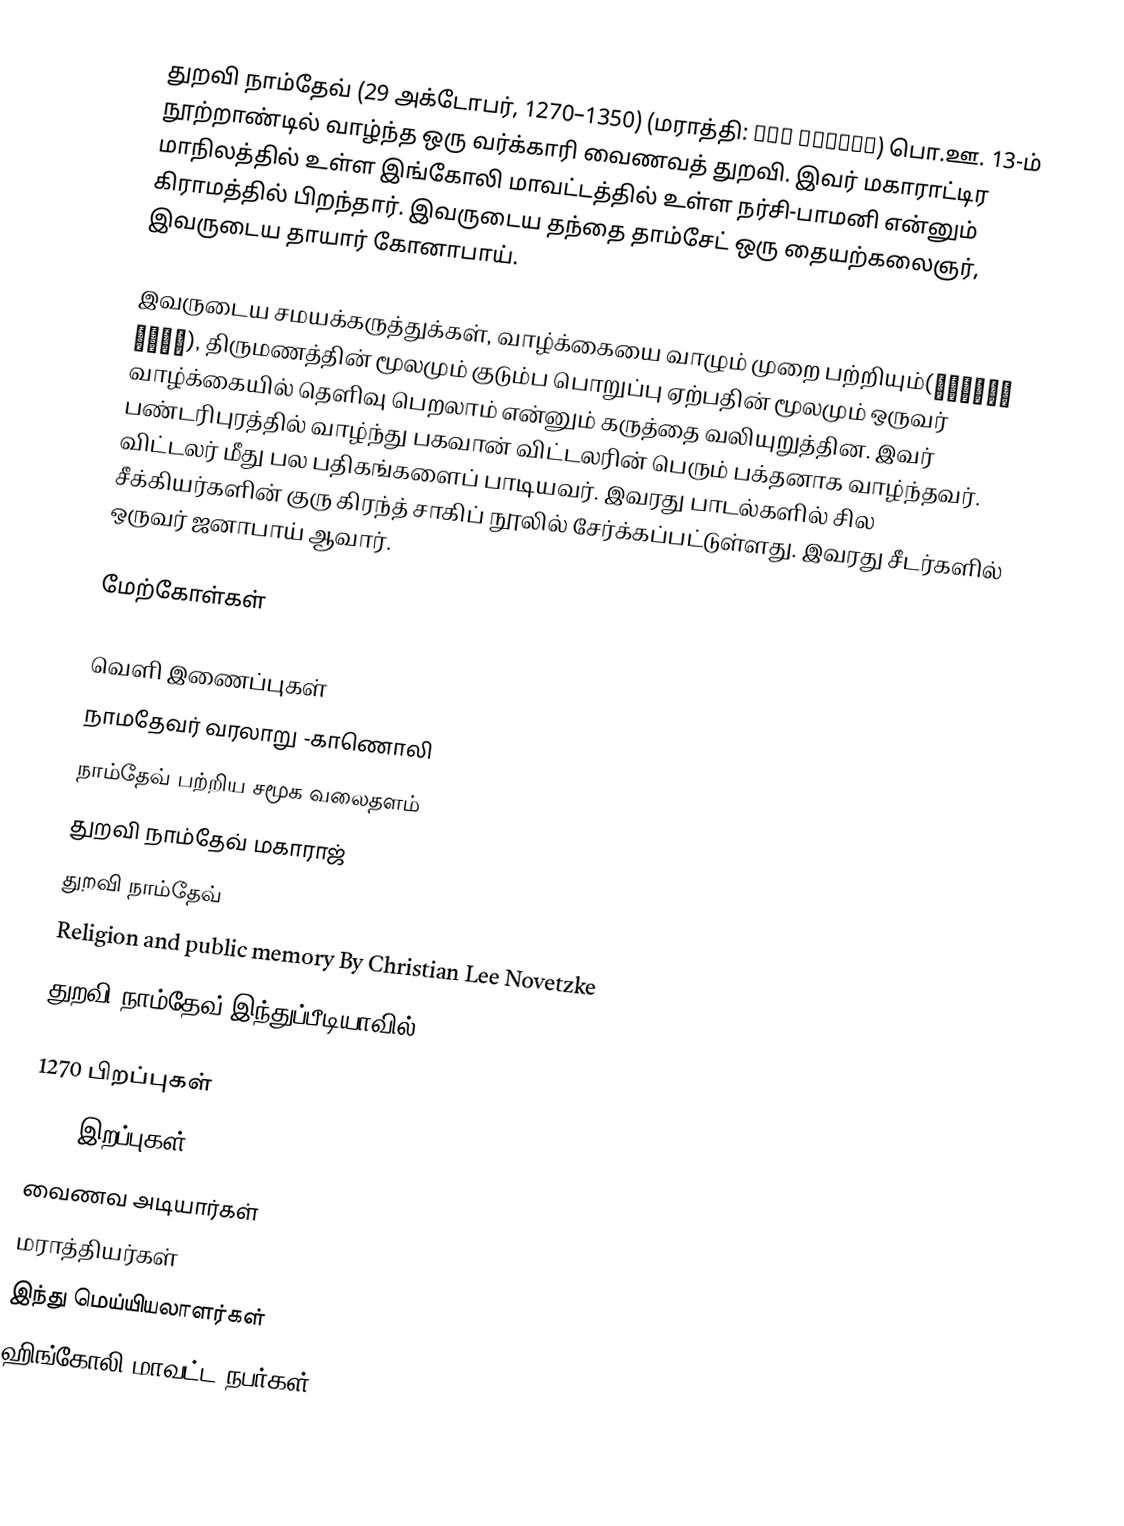
துறவி நாம்தேவ் (29 அக்டோபர், 1270–1350) (மராத்தி: संत नामदेव) பொ.ஊ. 13-ம் நூற்றாண்டில் வாழ்ந்த ஒரு வர்க்காரி வைணவத் துறவி. இவர் மகாராட்டிர மாநிலத்தில் உள்ள இங்கோலி மாவட்டத்தில் உள்ள நர்சி-பாமனி என்னும் கிராமத்தில் பிறந்தார். இவருடைய தந்தை தாம்சேட் ஒரு தையற்கலைஞர், இவருடைய தாயார் கோனாபாய்.

இவருடைய சமயக்கருத்துக்கள், வாழ்க்கையை வாழும் முறை பற்றியும்(गृहस्थ जीवन), திருமணத்தின் மூலமும் குடும்ப பொறுப்பு ஏற்பதின் மூலமும் ஒருவர்  வாழ்க்கையில் தெளிவு பெறலாம் என்னும் கருத்தை வலியுறுத்தின. இவர் பண்டரிபுரத்தில் வாழ்ந்து பகவான் விட்டலரின் பெரும் பக்தனாக வாழ்ந்தவர். விட்டலர் மீது பல பதிகங்களைப் பாடியவர். இவரது பாடல்களில் சில சீக்கியர்களின் குரு கிரந்த் சாகிப் நூலில் சேர்க்கப்பட்டுள்ளது.  இவரது சீடர்களில் ஒருவர் ஜனாபாய் ஆவார்.

மேற்கோள்கள்

வெளி இணைப்புகள்
 நாமதேவர்  வரலாறு -காணொலி
நாம்தேவ் பற்றிய சமூக வலைதளம்
துறவி நாம்தேவ் மகாராஜ்
 துறவி நாம்தேவ்
  Religion and public memory  By Christian Lee Novetzke
 துறவி நாம்தேவ் இந்துப்பீடியாவில்

1270 பிறப்புகள்
1350 இறப்புகள்
வைணவ அடியார்கள்
மராத்தியர்கள்
இந்து மெய்யியலாளர்கள்
ஹிங்கோலி மாவட்ட நபர்கள்